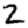
Digit: 2